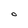
Character: O